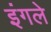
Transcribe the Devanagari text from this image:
इंगले